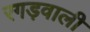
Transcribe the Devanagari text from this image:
रगड़वाली